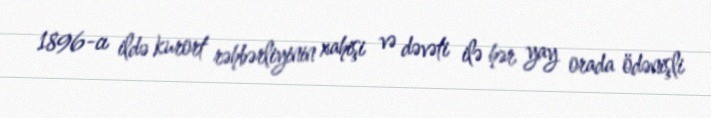
1896-cı ildə kurort rəhbərliyinin xahişi və dəvəti ilə hər yay orada ödənişli